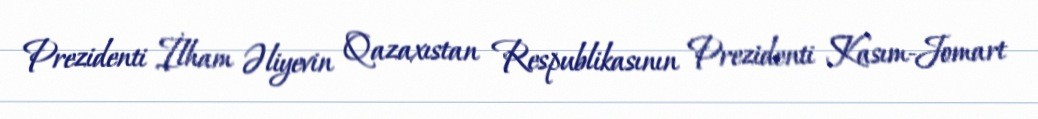
Prezidenti İlham Əliyevin Qazaxıstan Respublikasının Prezidenti Kasım-Jomart